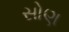
સોણ